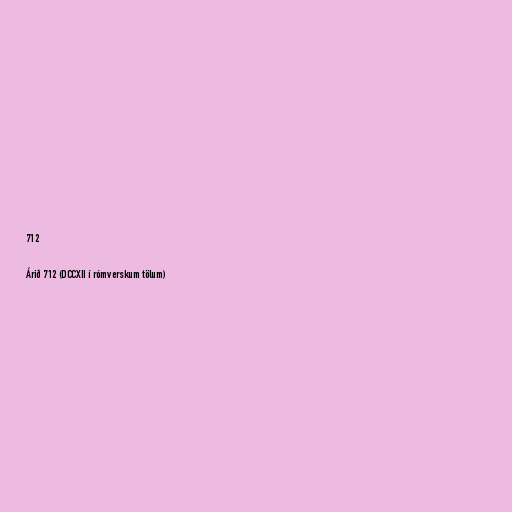
712

Árið 712 (DCCXII í rómverskum tölum)